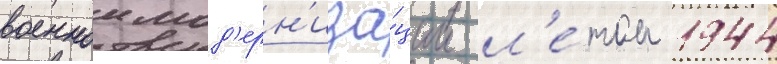
военнои мод'ерн'иза́ции л'е́том 1944